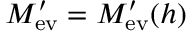
M _ { \mathrm { e v } } ^ { \prime } = M _ { \mathrm { e v } } ^ { \prime } ( h )